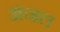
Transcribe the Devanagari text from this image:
अनत्त